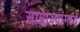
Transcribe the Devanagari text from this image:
साम्राज्यांमध्ये